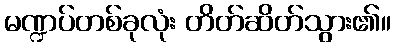
မဏ္ဍပ်တစ်ခုလုံး တိတ်ဆိတ်သွား၏။